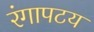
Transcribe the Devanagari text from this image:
रंगापटय